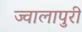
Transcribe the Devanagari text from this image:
ज्वालापुरी